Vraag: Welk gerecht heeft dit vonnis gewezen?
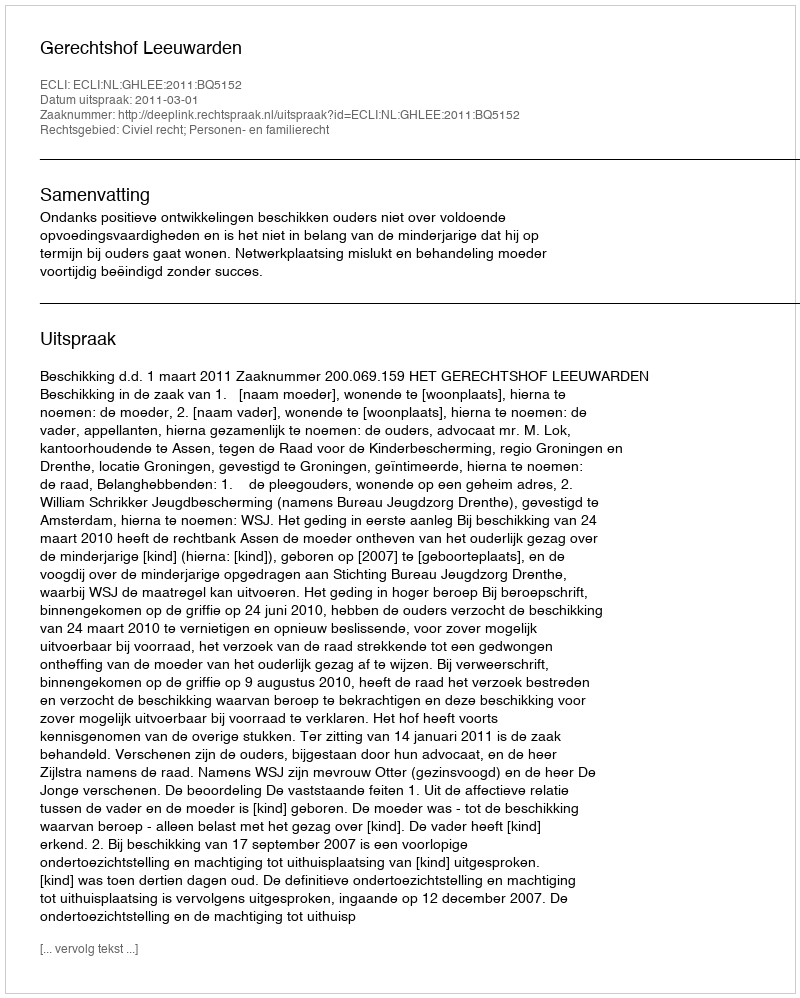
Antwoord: Gerechtshof Leeuwarden